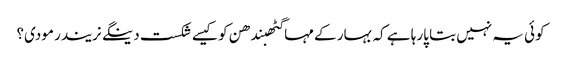
کوئی یہ نہیں بتا پارہا ہے کہ بہار کے مہاگٹھبندھن کو کیسے شکست دینگے نریندر مودی؟